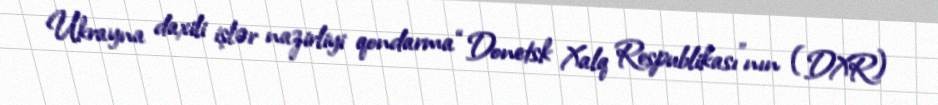
Ukrayna daxili işlər nazirliyi qondarma “Donetsk Xalq Respublikası”nın (DXR)